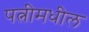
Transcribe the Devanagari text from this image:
पत्नीमधील